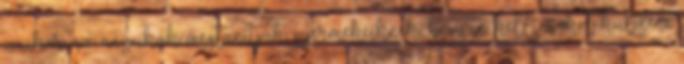
amikor az anyukák megtanítják gyermekeiknek, hogyan kell csókot küldeni